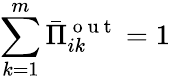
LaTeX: \sum_{k=1}^{m}\bar{\Pi}_{ik}^{\mathrm{~o~u~t~}}=1